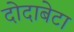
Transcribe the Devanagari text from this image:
दोदाबेटा